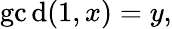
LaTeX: \operatorname*{gc\mathrm{d}}(1,x)=y,